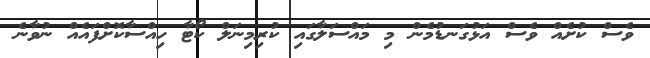
ވެސް ކުށެއް ވެސް އަޅުގަނޑުމެން މި މައްސަލާގައި ކުރިމިނަލް ކޯޓާ ހިއްސާކޮށްފައެއް ނުވާނެ